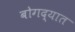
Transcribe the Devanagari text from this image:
बोगद्यात